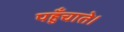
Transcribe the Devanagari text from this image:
पहुँचाते।